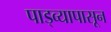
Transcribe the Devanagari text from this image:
पाड्व्यापासून